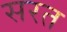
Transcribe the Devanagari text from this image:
सरत